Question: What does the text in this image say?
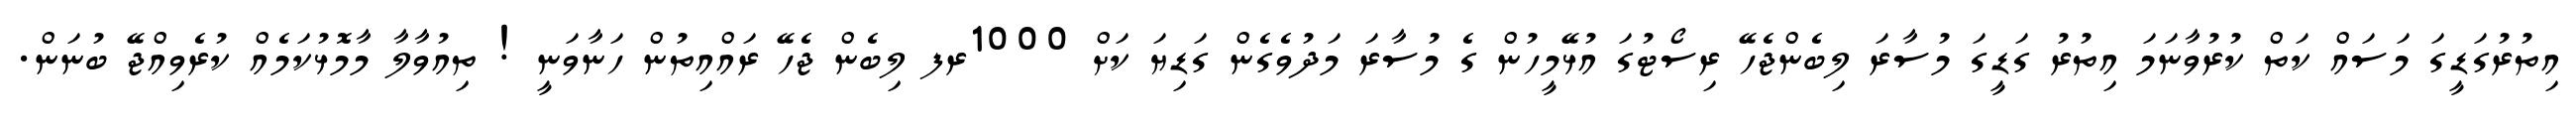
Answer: އިތުރުގަޑީގަ މަސައް ކަތް ކުރުވާނަމަ އިތުރު ގަޑީގަ މުސާރަ ލިބެންޖެހޭ ރިސޯޓުގަ އުޅޭމީހުން ގެ މުސާރަ މަދުވެގެން ގަޑިޔަ ކަށް 1000ރފ ލިބެން ޖެހޭ ރައްއިތުން ހަނާވަނީ ! ތިއުވާލާ މާމޮޅުކަމެއް ކުރެވިއްޖޭ ބުނަން.